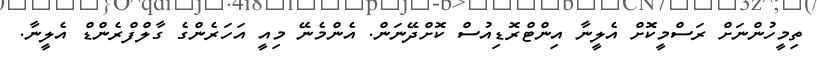
ތިމީހުންނަށް ރަސްމީކޮށް އެލީނާ އިންޓްރޮޑިއުސް ކޮށްދޭނަން. އެންމެނޭ މިއީ އަހަރެންގެ ގާލްފްރެންޑް އެލީނާ.